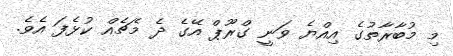
މި މުބާރާތުގެ އިއްޔެ ވަނީ ގްރޫޕް އޭގެ ދެ މެޗެއް ކުޅެފަ އެވެ.